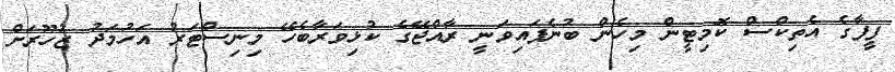
ފީފާގެ އެތިކްސް ކޮމިޓީން މިހެން ބުނެފައިވަނީ ރާއްޖޭގެ ކުޅިވަރާބެހޭ މިނިސްޓަރު އަހުމަދު ޒުހޫރަށް